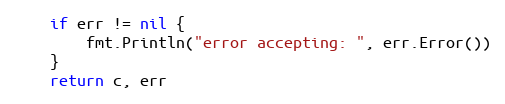
Language: Go
	if err != nil {
		fmt.Println("error accepting: ", err.Error())
	}
	return c, err